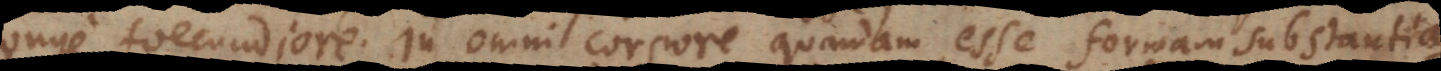
longe foecundiore, in omni corpore quandam esse formam substan